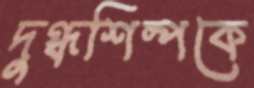
দুগ্ধশিল্পকে